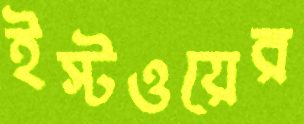
ইস্টওয়ের